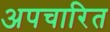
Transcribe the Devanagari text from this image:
अपचारित